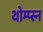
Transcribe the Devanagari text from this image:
थोम्प्स्न